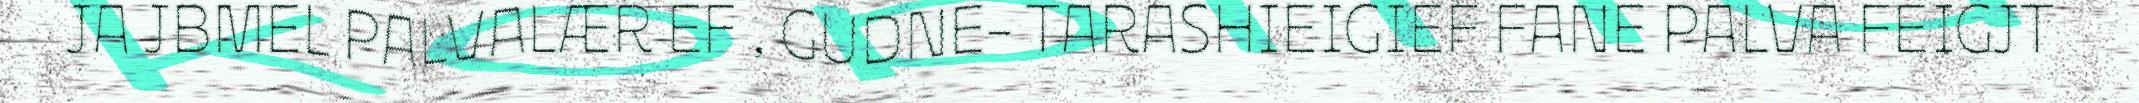
JA JBMEL PALVALÆR EF , GUDNE- TARASHIEIGIEF FANE PALVA FEIGJT